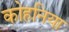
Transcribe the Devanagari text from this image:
कोहनिया